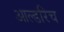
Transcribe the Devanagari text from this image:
आल्डरिच